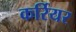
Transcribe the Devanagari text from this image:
कर्रियर